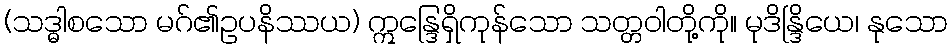
(သဒ္ဓါစသော မဂ်၏ဥပနိဿယ) ဣန္ဒြေရှိကုန်သော သတ္တဝါတို့ကို။ မုဒိန္ဒြိယေ၊ နုသော